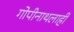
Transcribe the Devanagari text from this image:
गोपीनाथलाही